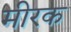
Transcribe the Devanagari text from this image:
मीरक